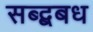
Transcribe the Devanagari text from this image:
सब्द्बबध